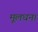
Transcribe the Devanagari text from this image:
मूलधन।